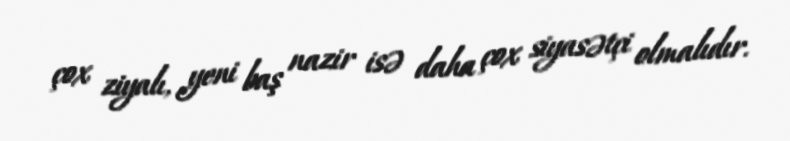
çox ziyalı, yeni baş nazir isə daha çox siyasətçi olmalıdır.